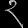
Digit: ၃